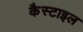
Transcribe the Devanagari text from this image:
कैस्टाइल